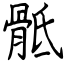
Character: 骶